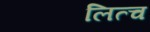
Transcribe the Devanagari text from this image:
लित्च